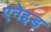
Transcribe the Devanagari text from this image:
एनेइड